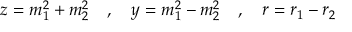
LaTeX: z = m _ { 1 } ^ { 2 } + m _ { 2 } ^ { 2 } \quad , \quad y = m _ { 1 } ^ { 2 } - m _ { 2 } ^ { 2 } \quad , \quad r = r _ { 1 } - r _ { 2 }